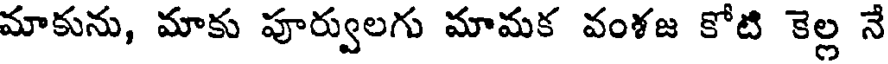
మాకును, మాకు పూర్వులగు మామక వంళజ కోటి కెల్ల నే